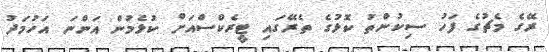
ރޭގެ މެޗުގެ ފަހު ސިކުންތު ކޮޅުގެ ތެރޭގައި ޓީރެކްސްއަށް ކުޅެމުން އަންނަ އަހުމަދު